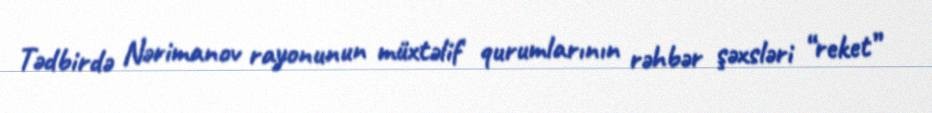
Tədbirdə Nərimanov rayonunun müxtəlif qurumlarının rəhbər şəxsləri “reket”